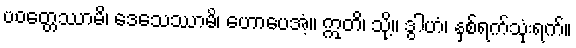
ပဝတ္တေဿာမိ၊ ဒေသေဿာမိ၊ ဟောပေအံ့။ ဣတိ၊ သို့။ ဒွါဟံ၊ နှစ်ရက်သုံးရက်။